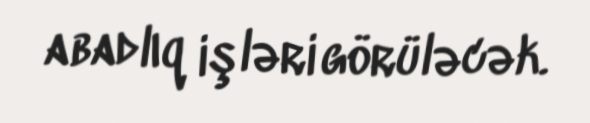
abadlıq işləri görüləcək.